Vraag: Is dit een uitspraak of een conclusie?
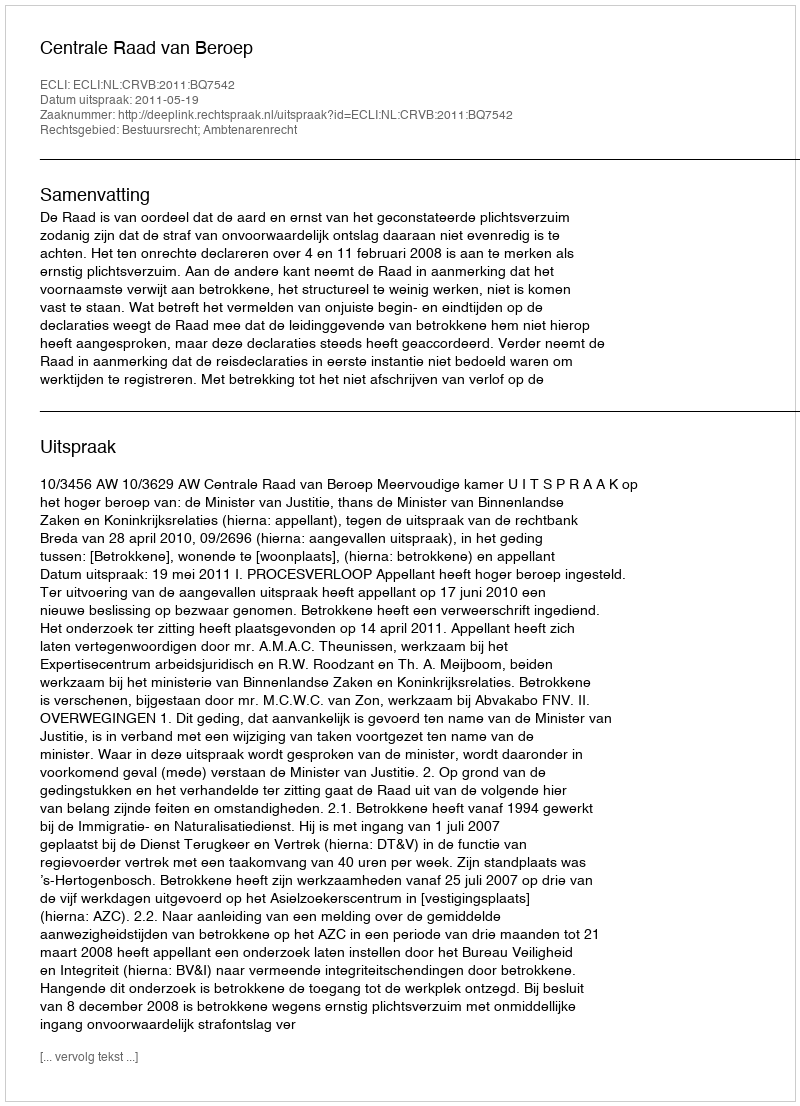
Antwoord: Uitspraak